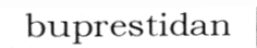
buprestidan